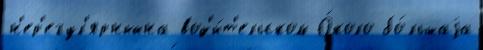
н'ер'егул'ярныйна вод'и́т'ельском О́коло бо́льшаjа